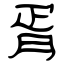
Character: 胥